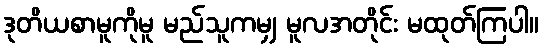
ဒုတိယစာမူကိုမူ မည်သူကမျှ မူလအတိုင်း မထုတ်ကြပါ။